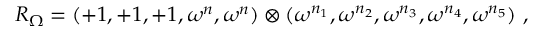
R _ { \Omega } = ( + 1 , + 1 , + 1 , \omega ^ { n } , \omega ^ { n } ) \otimes ( \omega ^ { n _ { 1 } } , \omega ^ { n _ { 2 } } , \omega ^ { n _ { 3 } } , \omega ^ { n _ { 4 } } , \omega ^ { n _ { 5 } } ) ~ , ~ \,